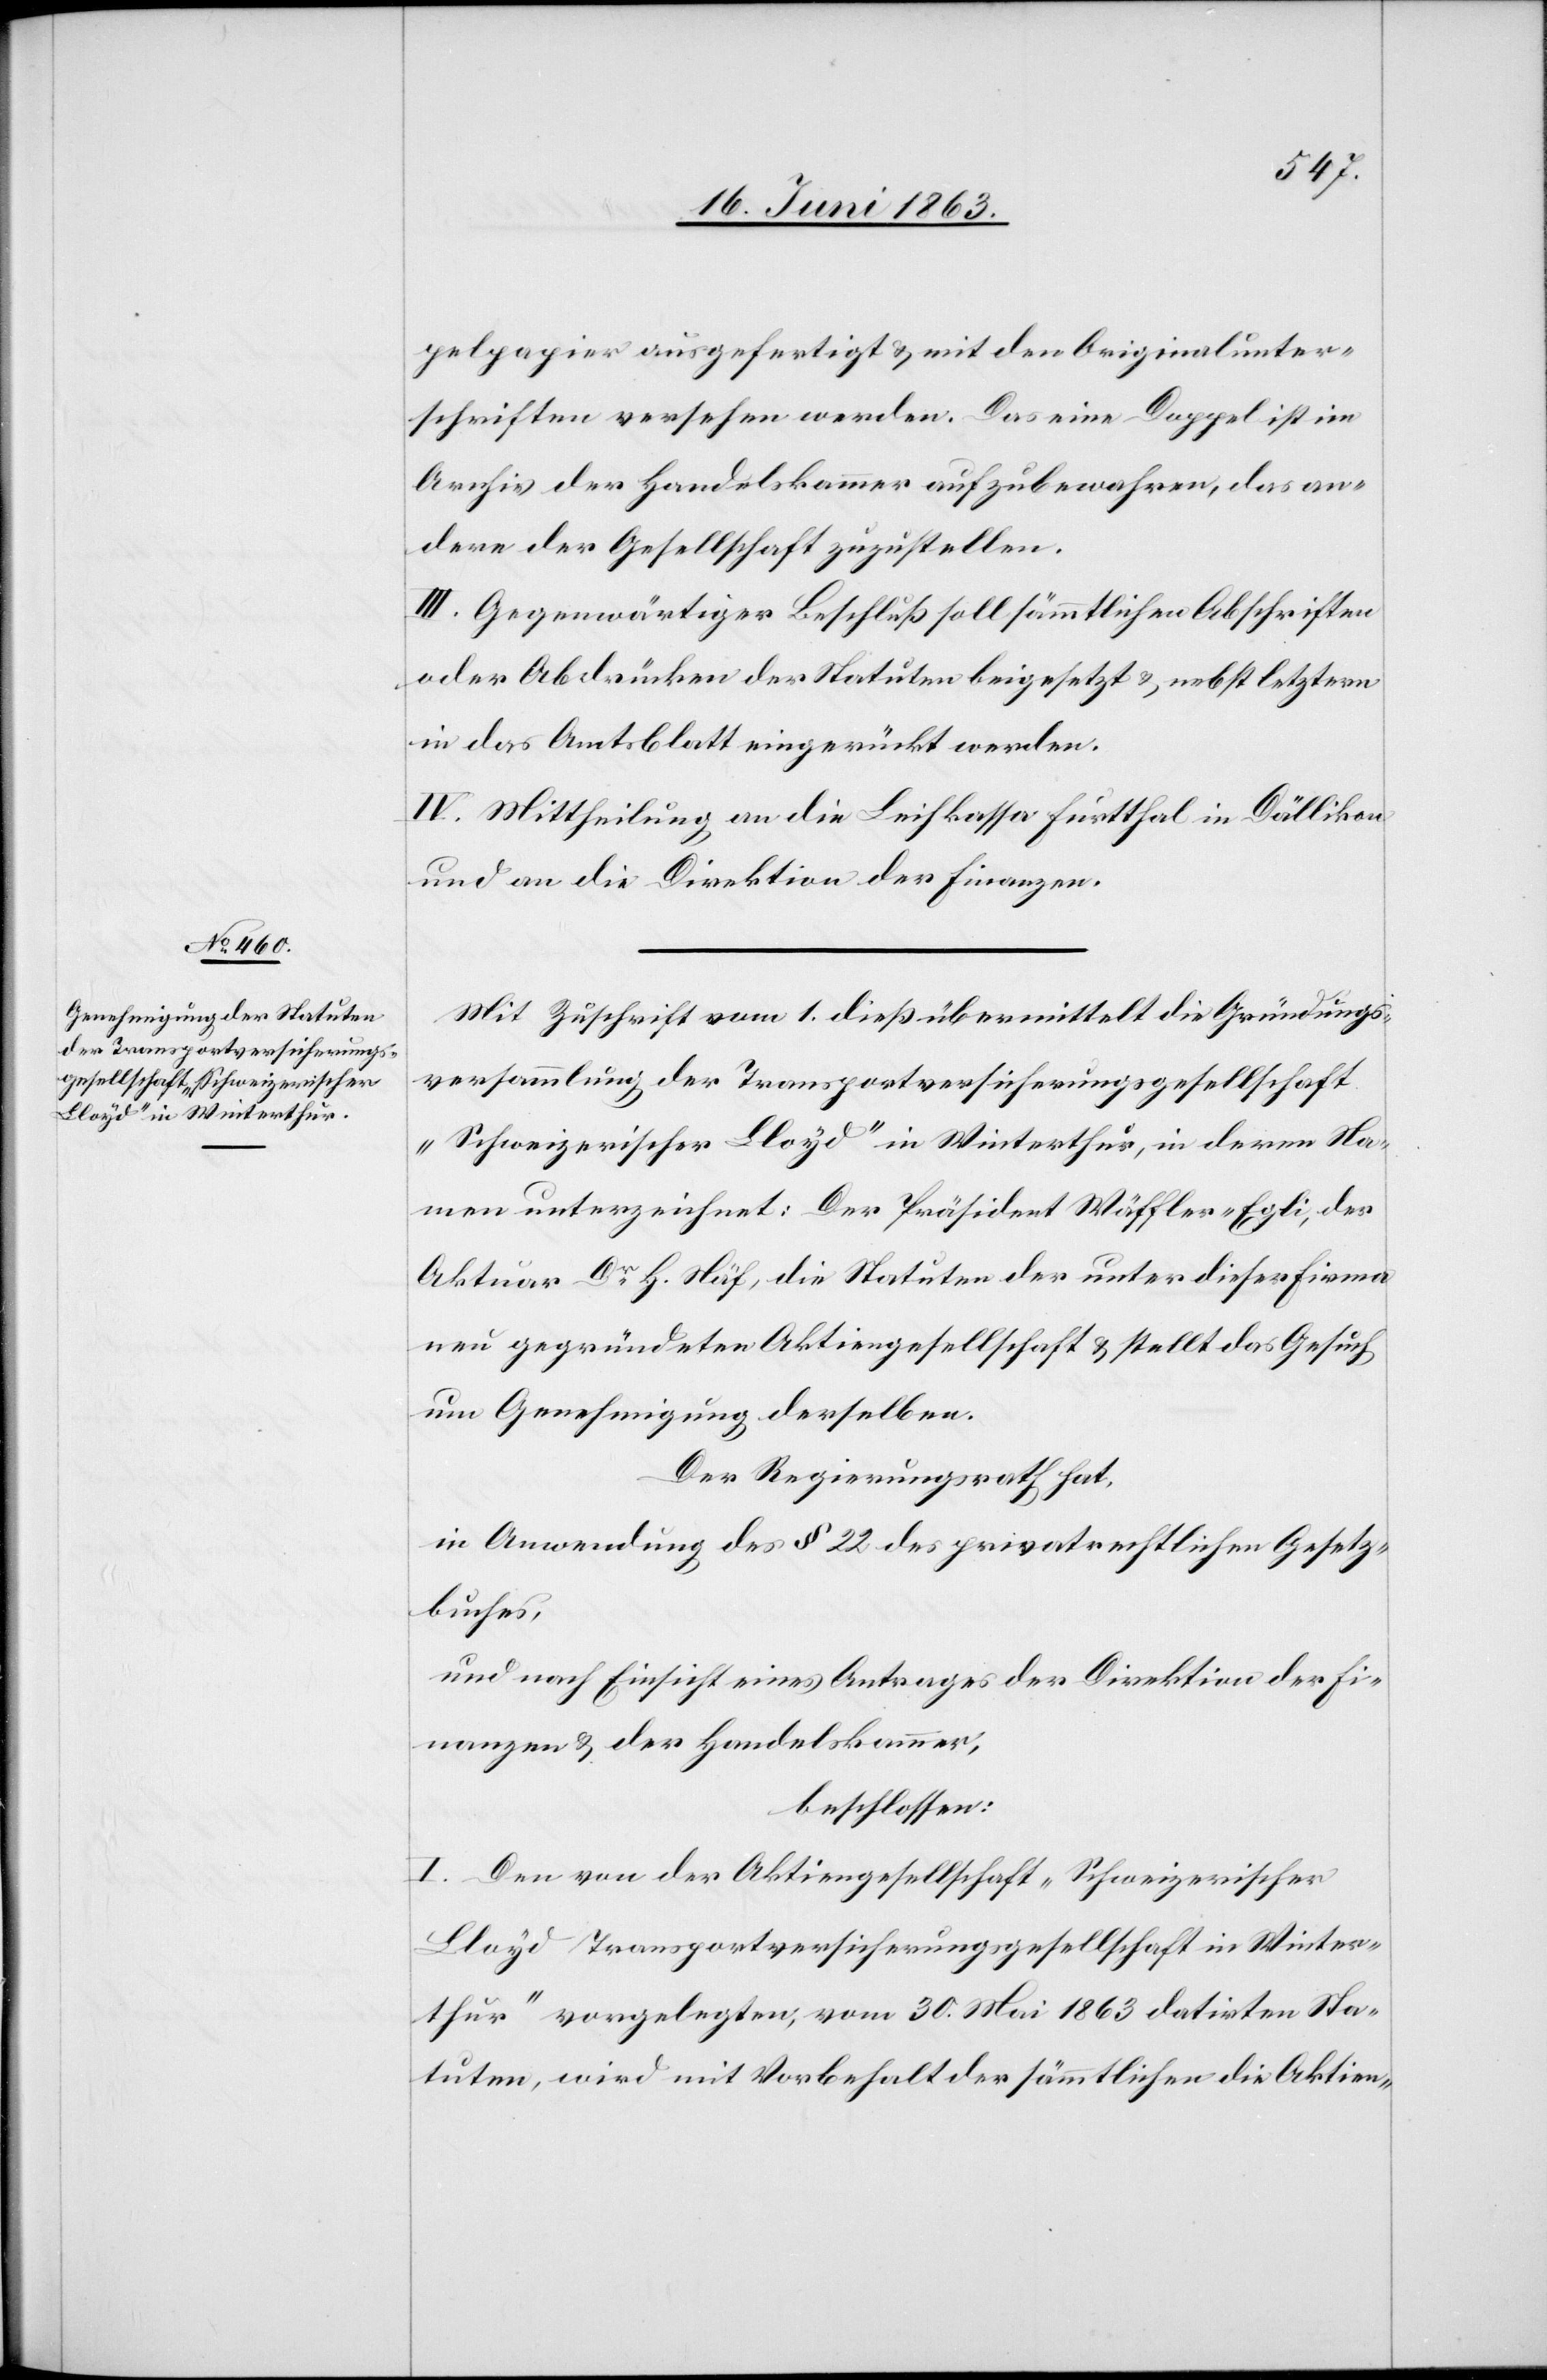
pelpapier ausgefertigt & mit den Originalunter¬
schriften versehen werden. Das eine Doppel ist im
Archiv der Handelskammer aufzubewahren, das an¬
dere der Gesellschaft zuzustellen.
III. Gegenwärtiger Beschluß soll sämmtlichen Abschriften
oder Abdrücken der Statuten beigesetzt & nebst letztern
in das Amtsblatt eingerückt werden.
IV. Mittheilung an die Leihkassa Furtthal in Dällikon
und an die Direktion der Finanzen.
Mit Zuschrift vom 1. dieß übermittelt die Gründungs¬
versammlung der Transportversicherungsgesellschaft
„Schweizerischer Lloyd“ in Winterthur, in deren Na¬
men unterzeichnet: Der Präsident Wäffler-Egli, der
Aktuar Dr H. Näf, die Statuten der unter dieser Firma
neu gegründeten Aktiengesellschaft & stellt das Gesuch
um Genehmigung derselben.
Der Regierungsrath hat,
in Anwendung des § 22 des privatrechtlichen Gesetz¬
buches,
und nach Einsicht eines Antrages der Direktion der Fi¬
nanzen und der Handelskammer,
beschlossen:
I. Den von der Aktiengesellschaft „Schweizerischer
Lloyd Transportversicherungsgesellschaft in Winter¬
thur“ vorgelegten, vom 30. Mai 1863 datirten Sta¬
tuten, wird mit Vorbehalt der sämmtlichen die Aktien-